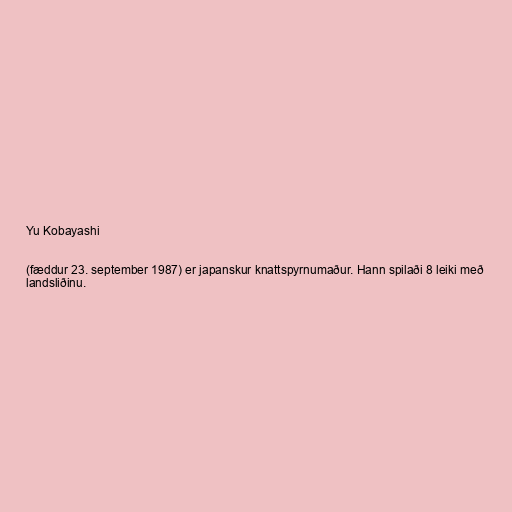
Yu Kobayashi

(fæddur 23. september 1987) er japanskur knattspyrnumaður. Hann spilaði 8 leiki með
landsliðinu.